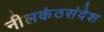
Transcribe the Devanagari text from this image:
नीलकंठसंदेश